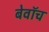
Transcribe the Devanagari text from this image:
बेवॉच